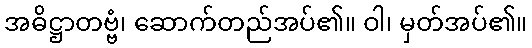
အဓိဋ္ဌာတဗ္ဗံ၊ ဆောက်တည်အပ်၏။ ဝါ၊ မှတ်အပ်၏။